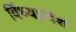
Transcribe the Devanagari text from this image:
विंध्यप्रदेश